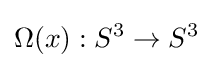
\Omega (x):S^{3}\rightarrow S^{3}